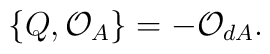
\{Q,{\cal O}_{A}\}= -{\cal O}_{dA}.